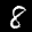
Label: 8